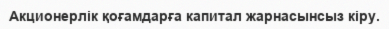
Акционерлік қоғамдарға капитал жарнасынсыз кіру.